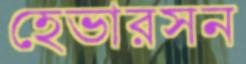
হেভারসন